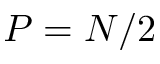
P = N / 2